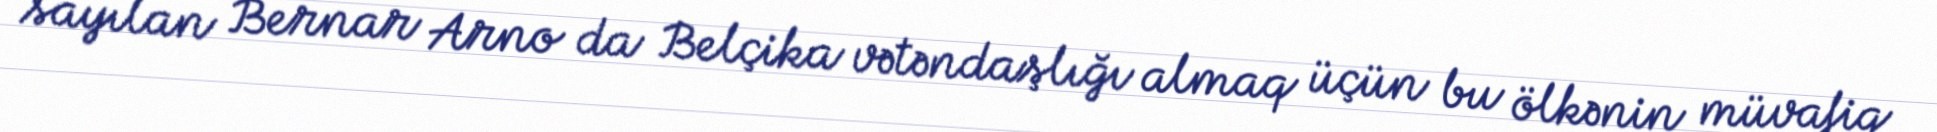
sayılan Bernar Arno da Belçika vətəndaşlığı almaq üçün bu ölkənin müvafiq